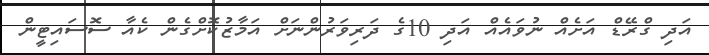
އަދި ގްރޭޑް އަށެއް ނުވައެއް އަދި 10ގެ ދަރިވަރުންނަށް އަމާޒުކޮށްގެން ކެއާ ސޮސައިޓީން